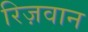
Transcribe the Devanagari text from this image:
रिज़वान